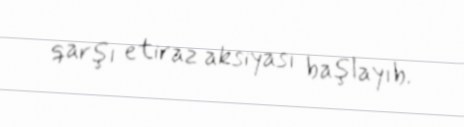
qarşı etiraz aksiyası başlayıb.